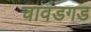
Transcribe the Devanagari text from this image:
चावंडगड